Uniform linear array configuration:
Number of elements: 48
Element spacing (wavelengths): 1
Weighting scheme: exponential
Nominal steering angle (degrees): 15
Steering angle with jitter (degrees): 13.883
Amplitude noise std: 0.05
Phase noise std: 0.05

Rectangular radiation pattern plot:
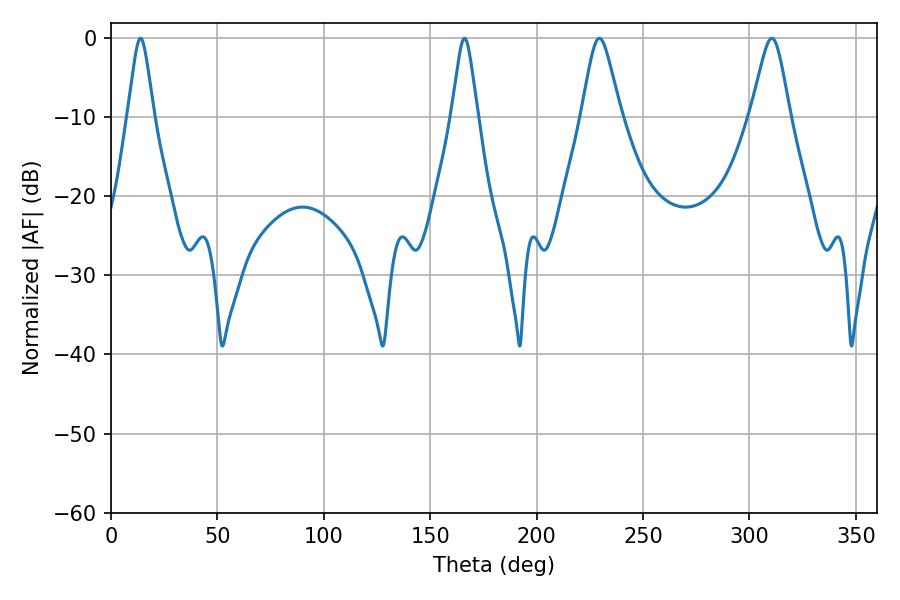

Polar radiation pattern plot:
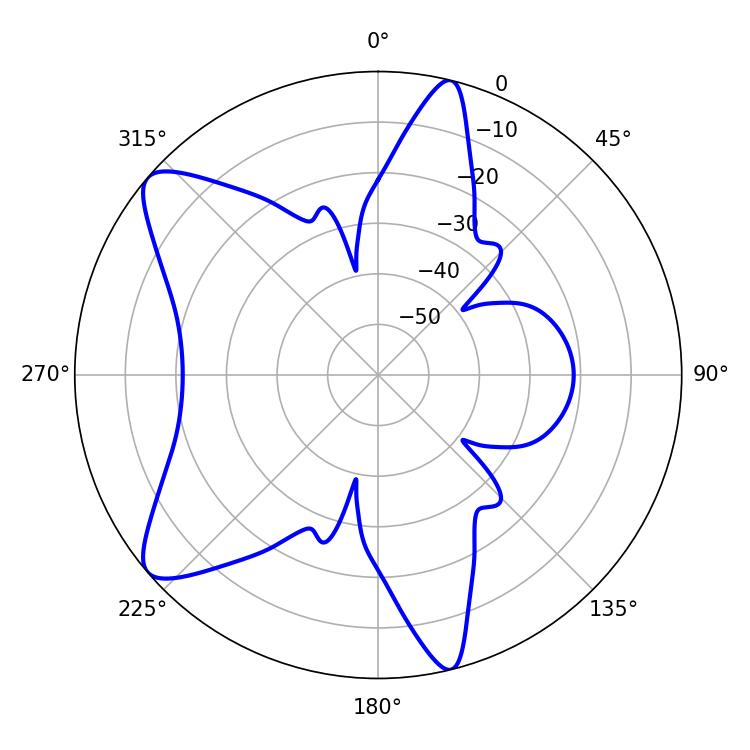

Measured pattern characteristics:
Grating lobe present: TRUE
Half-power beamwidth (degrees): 8.82
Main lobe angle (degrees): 229.5